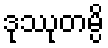
ဒုဿုတမ္ပိ